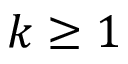
k \geq 1